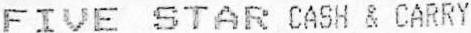
FIVE STAR CASH & CARRY